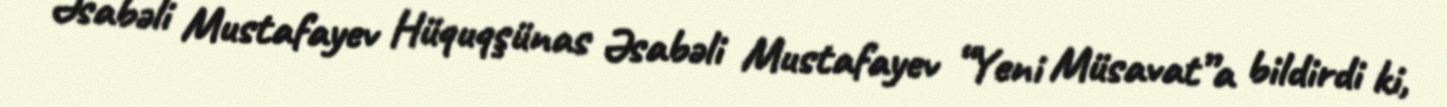
Əsabəli Mustafayev Hüquqşünas Əsabəli Mustafayev “Yeni Müsavat”a bildirdi ki,